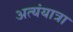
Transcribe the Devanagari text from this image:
अत्यंयात्रा